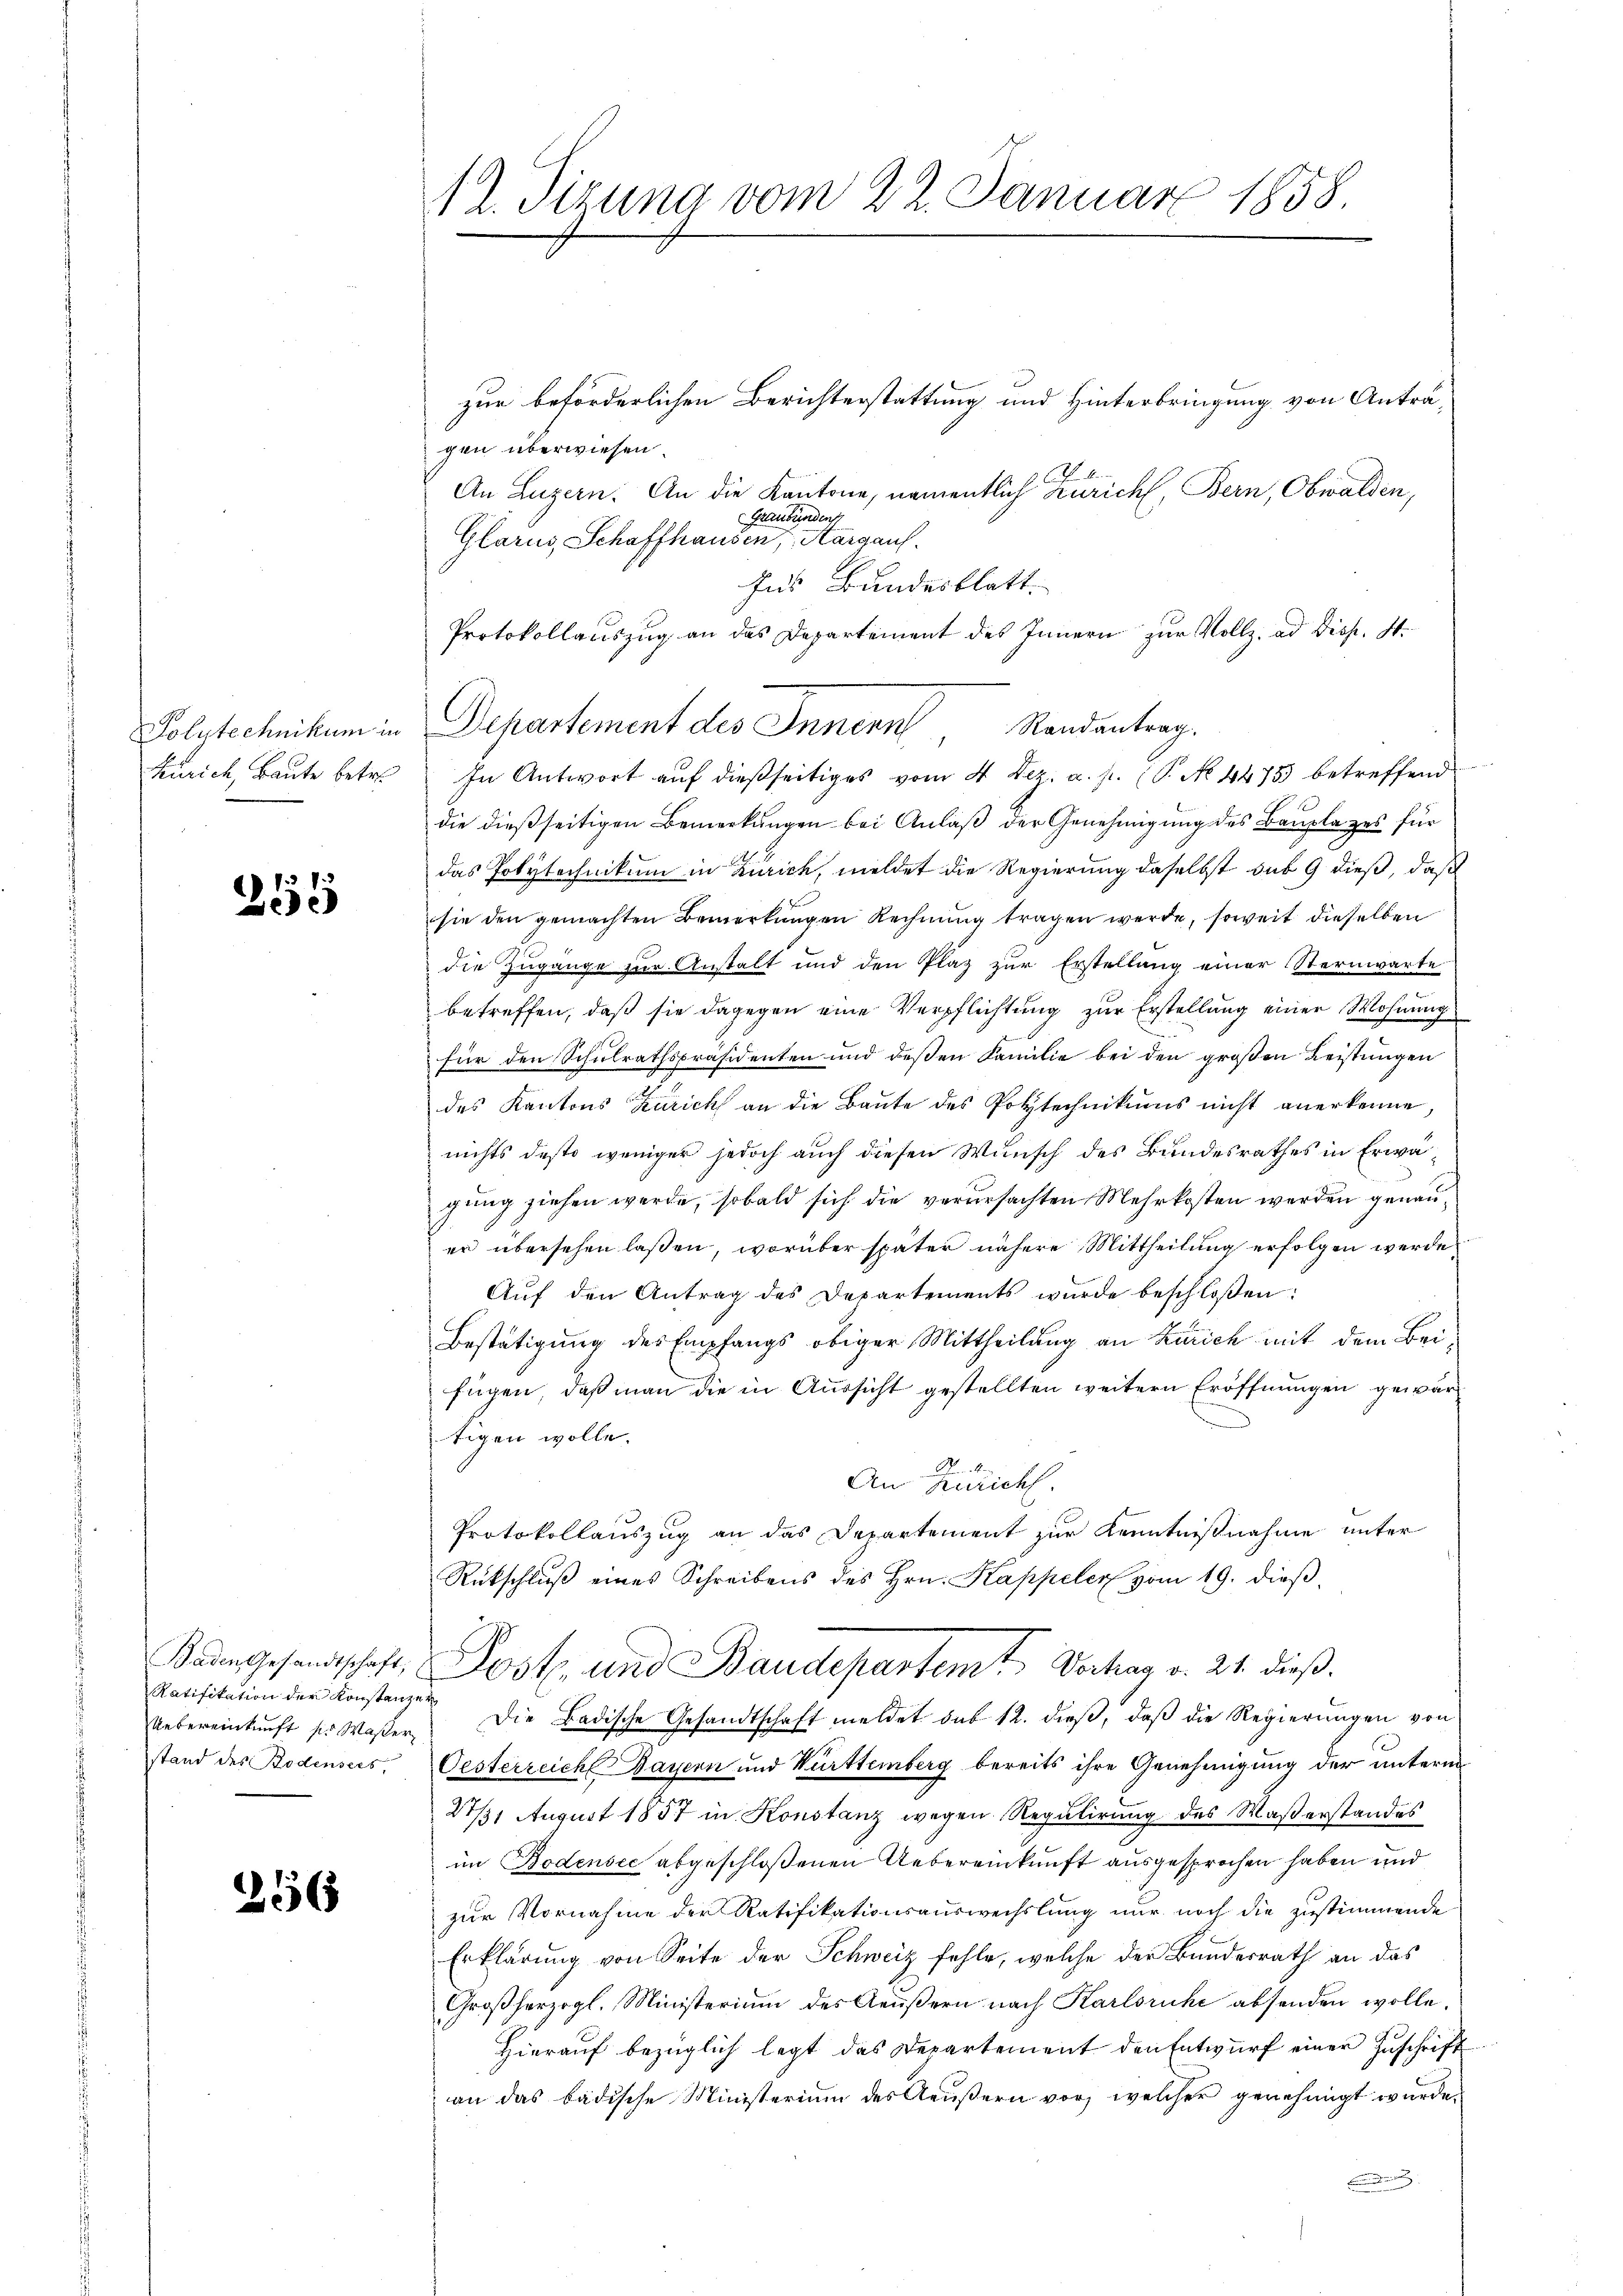
Polytechnikum in
Zürich, Baute betre

J. P. 3
Zie

Ratifikation der Konstanzen

256

1 R. Tizuna vom 22. Januar 1858.

zur beförderlichen Berichterstattung und Hinterbringung von Anträgen überwiesen.
An Luzern. An die Kantone, namentlich Zürich, Bern, Obwalden,
Graubünden
Glarus, Schaffhausen, Aargau.
Ins Bundesblatt.
Protokollauszug an das Departement des Innern zur Vollz. ad Disp. I.
In Antwort auf dießseitiges vom 4 Dez. a. p. (T. No. 4475 betreffend
die dießseitigen Bemerkungen bei Anlaß der Genehmigung des Bauplazes für
das Polytechnikum in Zürich, meldet die Regierung daselbst sub 9 dieß, daß
sie den gemachten Bemerkungen Rechnung tragen werde, soweit dieselben
die Zugänge zur Anstalt und den Plaz zur Erstellang einer Sternwarte
betreffen, daß sie dagegen eine Verpflichtung zur Erstellung einer Wohnung
für den Schulrathspräsidenten und deßen Familie bei den großen Leistungen
des Kantons Zürich an die Baŭte des Polytechnikums nicht anerkenne,
nichts desto weniger jedoch auch diesen Wunsch des Bandesrathes in Erwägung ziehen werde, sobald sich die verursachten Mehrkosten werden genauer übersehen laßen, worüber später nähere Mittheilung erfolgen werde
Aŭf den Antrag des Departements wurde beschloßen:
Bestätigung des Empfangs obiger Mittheilung an Karich mit dem Beifügen, daß man die in Aussicht gestellten weitern Eröffnungen gewärtigen wolle.
An Zürich.
Protokollauszug an das Departement zur Kenntnißnahme unter
Rückschluß eines Schreibens des Hrn. Kappeler vom 19. dieß,
Baden Gesandtschaft, Post und Baudepartemt Vortrag v. 21. dieß
Uebereinkunft pr Waßer die Badische Gesandtschaft meldet sub 12. dieβ, daβ die Regierŭngen von
stand des Bodensees, Oesterreich Bayern und Württemberg bereits ihre Genehmigung der unterm
21/31 August 1857 in Konstanz wegen Regulirung des Waßerstandes
im Bodensee abgeschloßenen Uebereinkunft ausgesprochen haben und
zur Vornahme der Ratifikationsauswechslung nur noch die zustimmende
Erklärung von Seite der Schweiz fehle, welche der Bundesrath an das
Großherzogl. Ministerium des Aeußern nach Karlsruhe absenden wolle.
Hierauf bezüglich legt das Departement den Entwurf einer Zuschrift
an das badische Ministerium des Aeußern vor, welcher genehmigt wurde.

Departement des Innern, Randantrag.